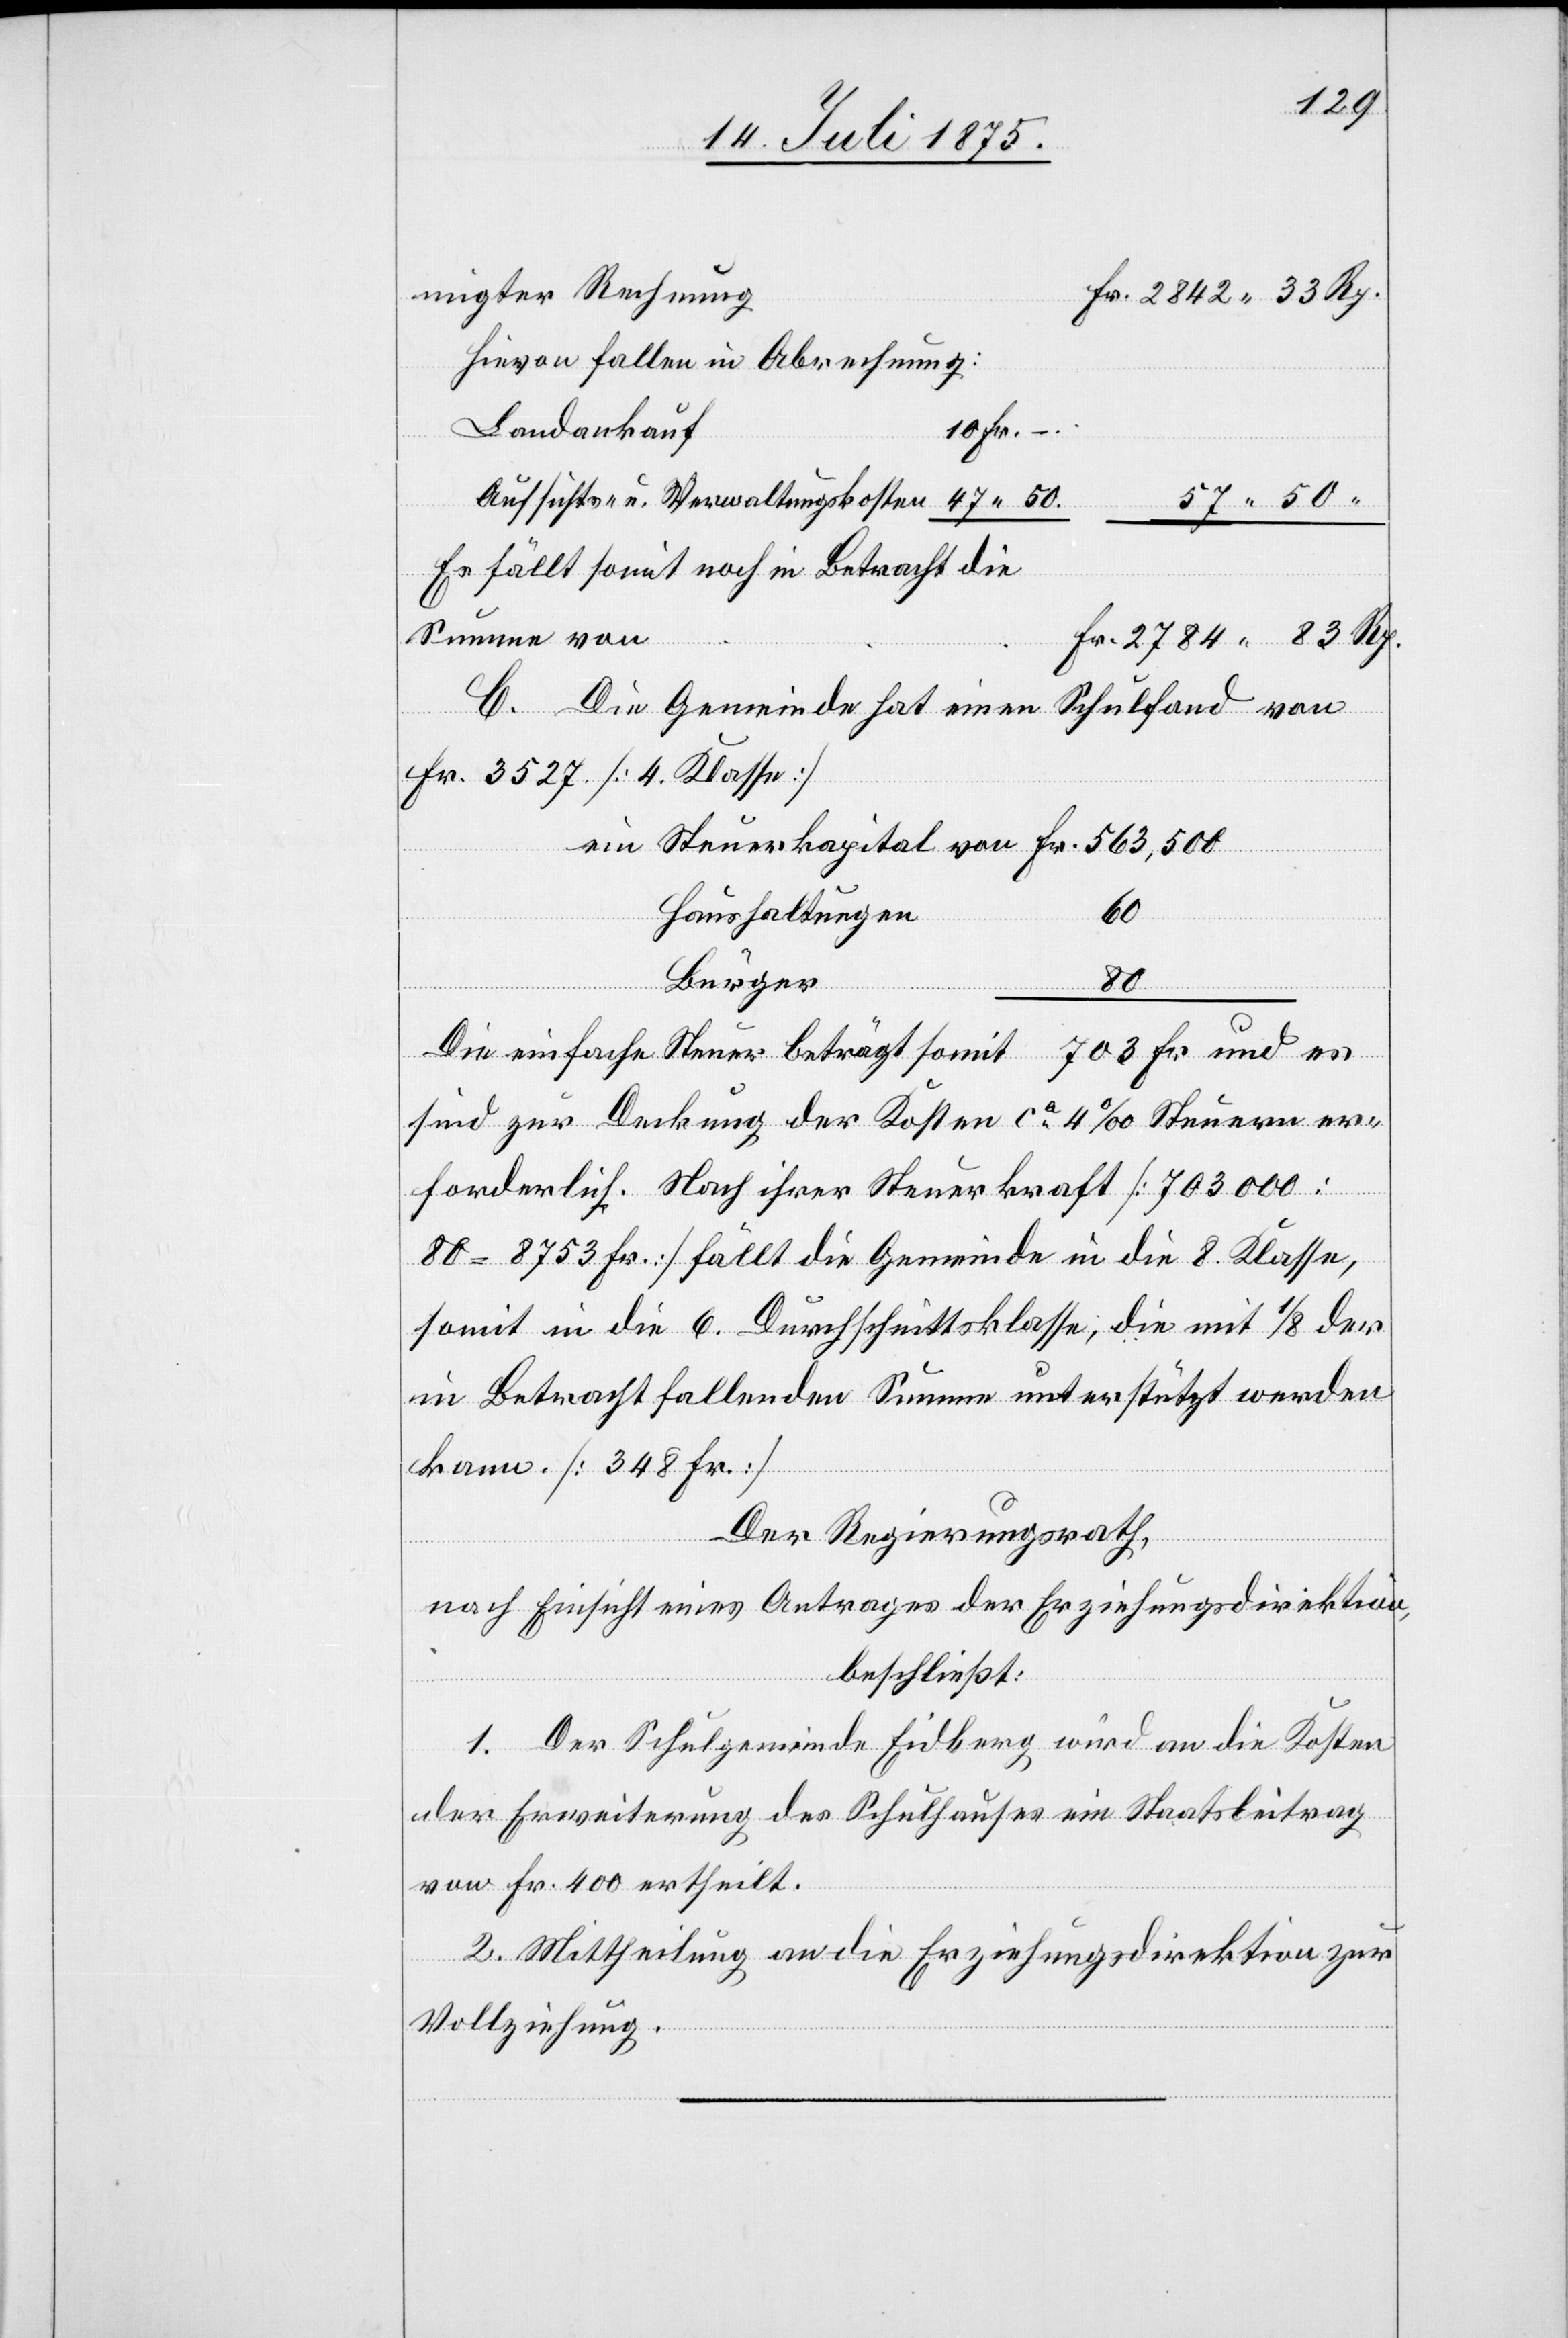
migter Rechnung
Hievon fallen in Abrechnung:
10
Landankauf
Aufsichts- u. Verwaltungskosten
57 50
Es fällt somit noch in Betracht die
Summe von
Fr.
C. Die Gemeinde hat einen Schulfond von
Fr. 3527. [4. Klasse]
Fr.
–.
Haushaltungen
Bürger
“
80
Die einfache Steuer beträgt somit 703 Fr. und es
sind zur Deckung der Kosten ca 4‰ Steuern er¬
forderlich. Nach ihrer Steuerkraft [703000 :
80 = 8753 Fr.] fällt die Gemeinde in die 8. Klasse,
somit in die 6. Durchschnittsklasse, die mit 1/8 der
in Betracht fallenden Summe unterstützt werden
kann [348 Fr.]
Der Regierungsrath,
nach Einsicht eines Antrages der Erziehungsdirektion,
beschließt:
1. Der Schulgemeinde Eidberg wird an die Kosten
der Erweiterung des Schulhauses ein Staatsbeitrag
von Fr. 400 ertheilt.
2. Mittheilung an die Erziehungsdirektion zur
Vollziehung.